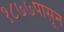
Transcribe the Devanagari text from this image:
१८७७पासून